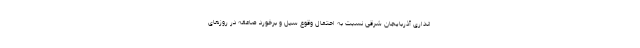
انداری آذربایجان شرقی نسبت به احتمال وقوع سیل و برخورد صاعقه در روزهای